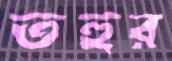
তহুর